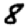
Digit: 8